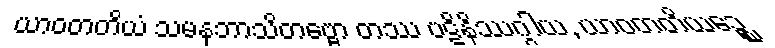
ယာဝတတိယံ သမနုဘာသိတဗ္ဗော တဿ ပဋိနိဿဂ္ဂါယ, ယာဝတတိယဉ္စေ